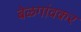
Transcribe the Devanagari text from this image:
बेळगांवकर